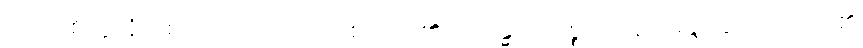
ကာယစိတ္တာနံ၊ စေတသိက်အပေါင်းစိတ်တို့၏။ အဒန္ဓတာပစ္စုပဋ္ဌာနာ၊ မနုံ့နှေးကုန်သည်၏